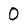
Character: 0